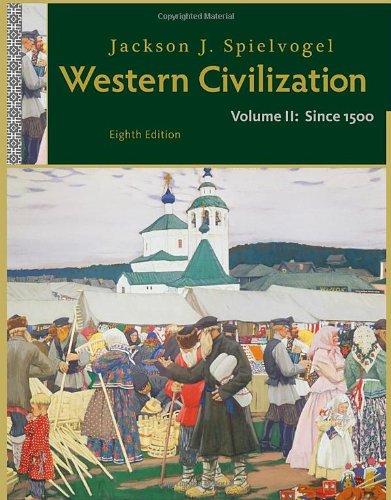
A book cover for Western Civilization: Volume II: Since 1500; Jackson J. Spielvogel; History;